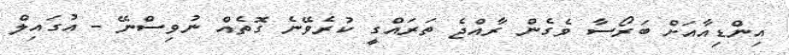
އިންޑިއާއަށް ބަރޯސާ ވެގެން ރާއްޖެ ތަރައްގީ ކުރެވޭނެ ގޮތެއް ނުވިސްނޭ - އުގައިލް